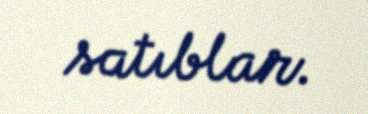
satıblar.